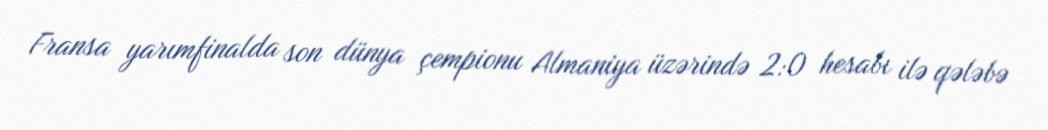
Fransa yarımfinalda son dünya çempionu Almaniya üzərində 2:0 hesabı ilə qələbə